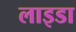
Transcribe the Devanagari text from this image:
लाइडा